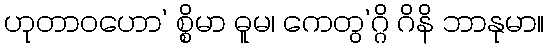
ဟုတာဝဟော’ စ္စိမာ ဓူမ၊ ကေတွ’ဂ္ဂိ ဂိနိ ဘာနုမာ။